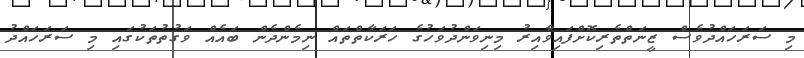
މި ސަރަހައްދުވެސް ޒީނަތްތެރިކޮށްފައިވާއިރު މިނިވަންދުވަހުގެ ހަރަކާތްތައް ނިމެންދެން ބައެއް ވަގުތުތަކުގައި މި ސަރަހައްދު